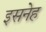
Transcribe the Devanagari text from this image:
इसनेह